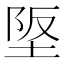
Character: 𡋴